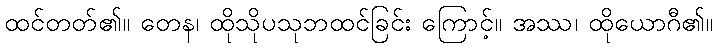
ထင်တတ်၏။ တေန၊ ထိုသိုပသုဘထင်ခြင်း ကြောင့်။ အဿ၊ ထိုယောဂီ၏။